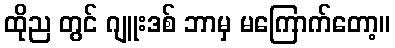
ထိုည တွင် ဂျူးဒစ် ဘာမှ မကြောက်တော့။